Vaccination United Provinces of Agra and Oudh 1902-1913 - 1902-1913
Year: 1902
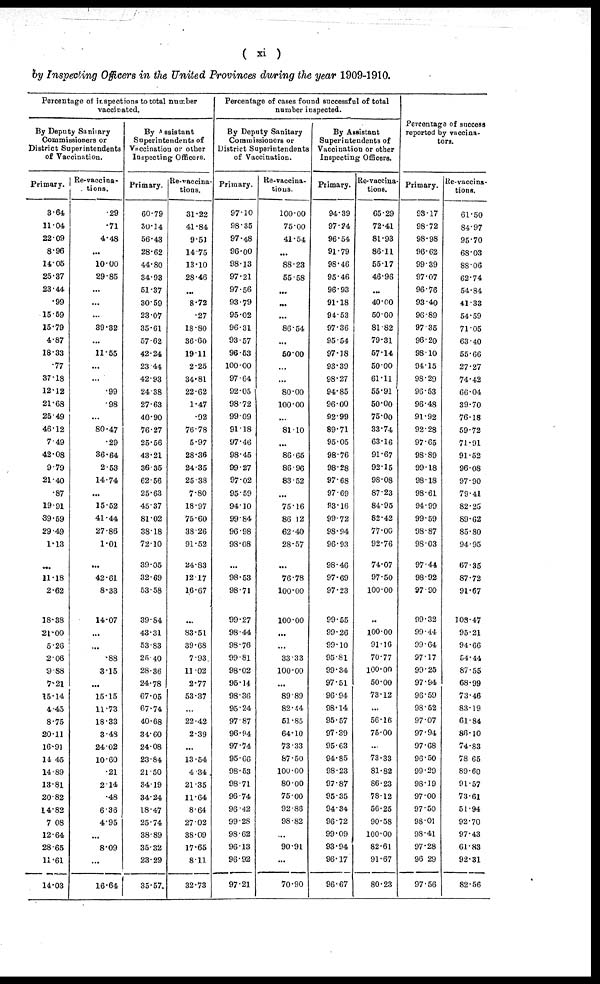
( xi )
by Inspecting Officers in the United Provinces during the year 1909-1910.
Percentage of inspections to total number
vaccinated.
By Deputy Sanitary
Commissioners or
District Superintendents
of Vaccination.
Primary.
3.64
11.04
22.09
8.96
14.05
25.37
23.44
.99
15.59
15.79
4.87
18.33
.77
37.18
12.12
21.68
25.49
46.12
7.49
42.08
9.79
21.40
.87
19.91
39.59
29.49
1.13
...
11.18
2.62
18.38
21.00
5.26
2.06
9.88
7.21
15.14
4.45
8.75
20.11
16.91
14.45
14.89
13.81
20.82
14.82
7.08
12.64
28.65
11.61
14.03
Re-vaccina-
tions.
.29
.71
4.48
...
10.00
29.85
...
...
...
39.82
...
11.55
...
...
.99
.98
...
80.47
.29
36.64
2.53
14.74
...
15.52
41.44
27.86
1.01
...
42.61
8.33
14.07
...
...
.88
3.15
...
15.15
11.73
18.33
3.48
24.02
10.60
.21
2.14
.48
6.36
4.95
...
8.09
...
16.64
By Assistant
Superintendents of
Vaccination or other
Inspecting Officers.
Primary.
60.79
30.14
56.43
28.62
44.80
34.93
51.37
30.59
23.07
35.61
57.62
42.24
23.44
42.93
24.38
27.63
40.90
76.27
25.56
43.21
36.35
62.56
25.63
45.37
81.02
38.18
72.10
39.05
32.69
53.58
39.84
43.31
53.83
25.40
28.36
24.78
67.05
67.74
40.68
34.60
24.08
23.84
21.50
34.19
34.24
18.47
25.74
38.89
35.32
23.29
35.57
Re-vaccina-
tions.
31.22
41.84
9.51
14.75
13.10
28.46
...
8.72
.27
18.80
36.60
19.11
2.25
34.81
22.62
1.47
.92
76.78
5.97
28.36
24.35
25.38
7.80
18.97
75.60
38.26
91.52
24.83
12.17
16.67
...
83.51
39.68
7.93
11.02
2.77
53.37
...
22.42
2.39
...
13.54
4.34
21.35
11.64
8.64
27.02
38.09
17.65
8.11
32.73
Percentage of cases found successful of total
number inspected.
By Deputy Sanitary
Commissioners or
District Superintendents
of Vaccination.
Primary.
97.10
98.35
97.48
96.00
98.13
97.21
97.56
93.79
95.02
96.31
93.57
96.53
100.00
97.64
92.05
98.72
99.09
91.18
97.46
98.45
99.27
97.02
95.59
94.10
99.84
96.98
98.08
...
98.53
98.71
99.27
98.44
98.76
99.81
98.02
95.14
98.36
95.24
97.87
96.94
97.74
95.66
98.53
98.71
96.74
96.42
99.28
98.62
96.13
96.92
97.21
Re-vaccina-
tions.
100.00
75.00
41.54
...
88.23
55.58
...
...
...
86.54
...
50.00
...
...
80.00
100.00
...
81.10
...
86.65
86.96
83.52
...
75.16
86.12
62.40
28.57
...
76.78
100.00
100.00
...
...
33.33
100.00
...
89.89
82.44
51.85
64.10
73.33
87.50
100.00
80.00
75.00
92.86
98.82
...
90.91
...
70.90
By Assistant
Superintendents of
Vaccination or other
Inspecting Officers.
Primary.
94.39
97.24
96.54
91.79
98.46
95.46
96.93
91.18
94.53
97.36
95.54
97.18
93.39
98.27
94.85
96.00
92.99
89.71
95.05
98.76
98.28
97.68
97.69
93.16
99.72
98.94
96.93
98.46
97.69
97.23
99.55
99.26
99.10
95.81
99.34
97.51
96.94
98.14
95.57
97.39
95.63
94.85
98.23
97.87
95.35
94.34
96.72
99.09
93.94
96.17
96.67
Re-vaccina-
tions.
65.29
72.41
81.93
86.11
55.17
46.96
...
40.00
50.00
81.82
79.31
57.14
50.00
61.11
55.91
50.00
75.00
33.74
63.16
91.67
92.15
98.08
87.23
84.95
82.42
77.00
92.76
74.07
97.50
100.00
..
100.00
91.16
70.77
100.00
50.00
73.12
...
56.16
75.00
...
73.33
81.82
86.23
78.12
56.25
90.58
100.00
82.61
91.67
80.23
Percentage of success
reported by vaccina-
tors.
Primary.
93.17
98.72
98.98
96.62
99.39
97.07
96.76
93.40
96.89
97.35
96.20
98.10
94.15
98.29
96.53
96.48
91.92
92.28
97.65
98.89
99.18
98.18
98.61
94.99
99.59
98.87
98.03
97.44
98.92
97.90
99.32
99.44
99.64
97.17
99.25
97.94
96.59
98.52
97.07
97.94
97.68
96.50
99.29
98.19
97.00
97.50
98.01
98.41
97.28
96.29
97.56
Re-vaccina-
tions.
61.50
84.97
95.70
68.03
88.06
62.74
54.84
41.33
54.59
71.05
63.40
55.66
27.27
74.42
66.04
39.70
76.18
59.72
71.91
91.52
96.08
97.90
79.41
82.25
89.62
85.80
94.95
67.35
87.72
91.67
108.47
95.21
94.66
54.44
87.55
68.99
73.46
83.19
61.84
86.10
74.83
78.65
89.60
91.57
73.61
51.94
92.70
97.43
61.83
92.31
82.56